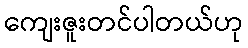
ကျေးဇူးတင်ပါတယ်ဟု